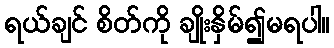
ရယ်ချင် စိတ်ကို ချိုးနှိမ်၍မရပါ။